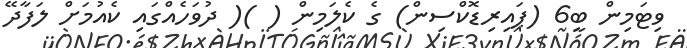
ވިޓަމިން ބީ6 (ޕައިރިޑޮކްސިން) ގެ ކެލަމިން ( )( ދުވަހެއްގައި ކެއުމަށް ލަފާދޭ